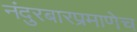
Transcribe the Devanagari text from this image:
नंदुरबारप्रमाणेच